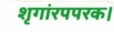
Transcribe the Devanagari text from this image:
शृगांरपपरक।